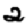
Digit: 2